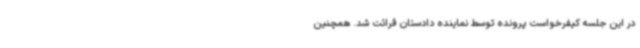
در این جلسه کیفرخواست پرونده توسط نماینده دادستان قرائت شد. همچنین